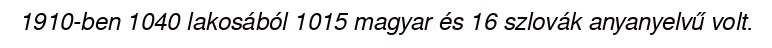
1910-ben 1040 lakosából 1015 magyar és 16 szlovák anyanyelvű volt.